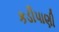
કડીપાણી